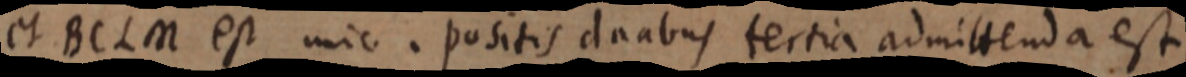
et BCLM est unic. positis duabus tertia admittenda est